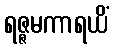
ရဇ္ဇမကာရယိံ